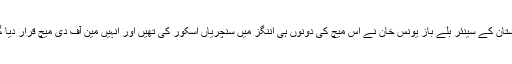
پاکستان کے سینئر بلے باز یونس خان نے اس میچ کی دونوں ہی اننگز میں سنچریاں اسکور کی تھیں اور انہیں مین آف دی میچ قرار دیا گیا ۔